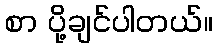
စာ ပို့ချင်ပါတယ်။